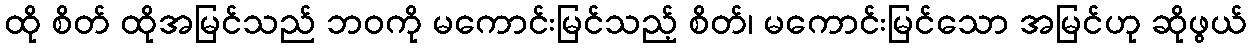
ထို စိတ် ထိုအမြင်သည် ဘဝကို မကောင်းမြင်သည့် စိတ်၊ မကောင်းမြင်သော အမြင်ဟု ဆိုဖွယ်